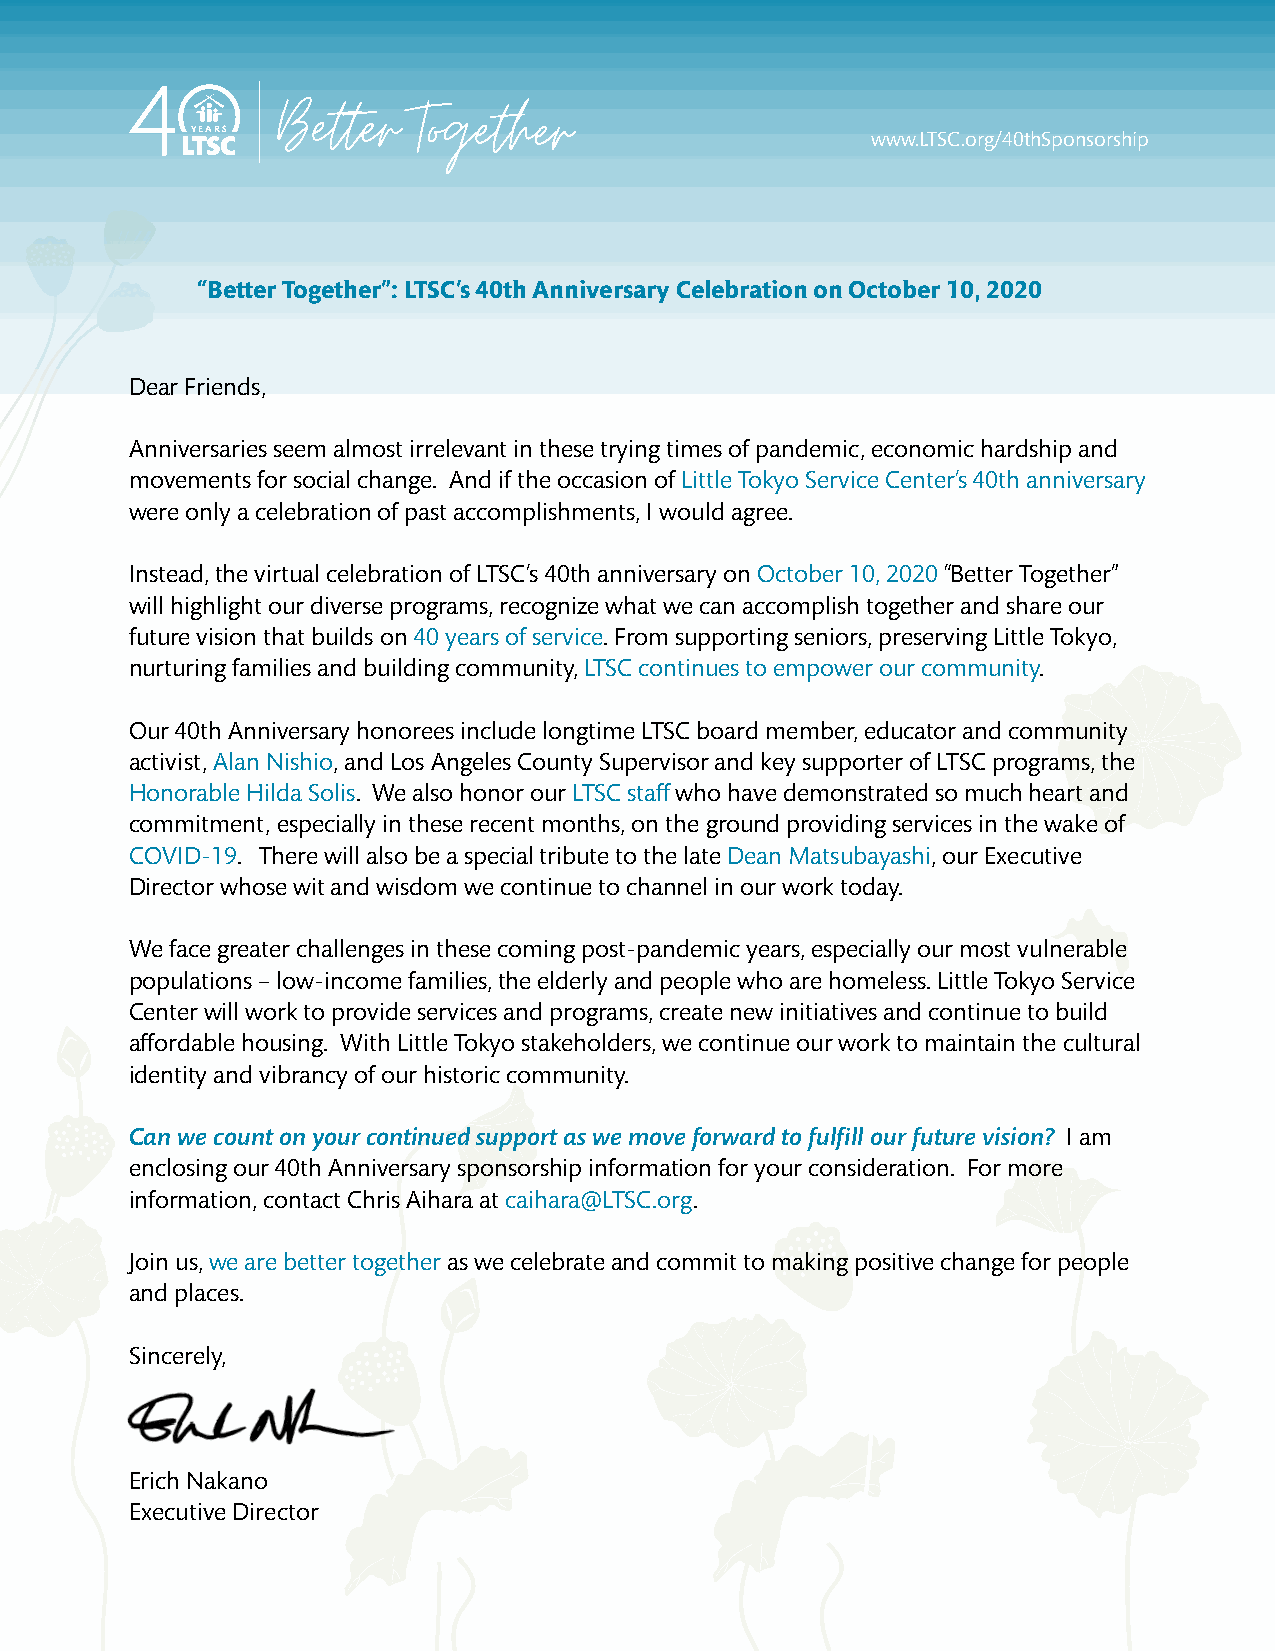
Better   Together
 YEARS                                        www.LTSC.org/40thSponsorship
 “Better Together”: LTSC’s 40th Anniversary Celebration on October 10, 2020
 Dear Friends,
 Anniversaries seem almost irrelevant in these trying times of pandemic, economic hardship and
 movements for social change. And if the occasion of Little Tokyo Service Center’s 40th anniversary
 were only a celebration of past accomplishments, I would agree.
 Instead, the virtual celebration of LTSC’s 40th anniversary on October 10, 2020 “Better Together”
 will highlight our diverse programs, recognize what we can accomplish together and share our
 future vision that builds on 40 years of service. From supporting seniors, preserving Little Tokyo,
 nurturing families and building community, LTSC continues to empower our community.
 Our 40th Anniversary honorees include longtime LTSC board member, educator and community
 activist, Alan Nishio, and Los Angeles County Supervisor and key supporter of LTSC programs, the
 Honorable Hilda Solis. We also honor our LTSC staff who have demonstrated so much heart and
 commitment, especially in these recent months, on the ground providing services in the wake of
 COVID-19. There will also be a special tribute to the late Dean Matsubayashi, our Executive
 Director whose wit and wisdom we continue to channel in our work today.
 We face greater challenges in these coming post-pandemic years, especially our most vulnerable
 populations – low-income families, the elderly and people who are homeless. Little Tokyo Service
 Center will work to provide services and programs, create new initiatives and continue to build
 affordable housing. With Little Tokyo stakeholders, we continue our work to maintain the cultural
 identity and vibrancy of our historic community.
 Can we count on your continued support as we move forward to fulfill our future vision? I am
 enclosing our 40th Anniversary sponsorship information for your consideration. For more
 information, contact Chris Aihara at caihara@LTSC.org.
 Join us, we are better together as we celebrate and commit to making positive change for people
 and places.
 Sincerely,
 Erich Nakano
 Executive Director